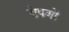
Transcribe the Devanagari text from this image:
रोपणों